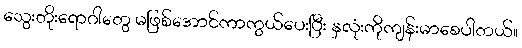
သွေးတိုးရောဂါတွေ မဖြစ်အောင်ကာကွယ်ပေးပြီး နှလုံးကိုကျန်းမာစေပါတယ်။